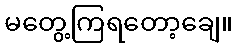
မတွေ့ကြရတော့ချေ။